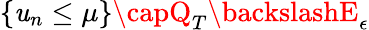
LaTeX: \{ \mathit{u}_{n}\leq\mu\} \capQ_{T}\backslashE_{\epsilon}